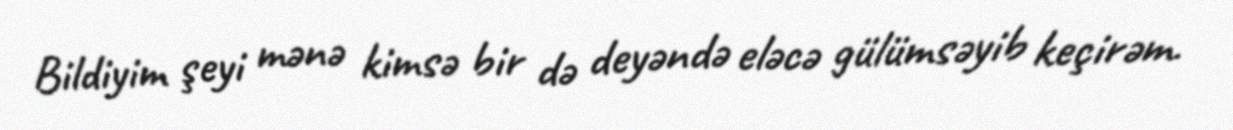
Bildiyim şeyi mənə kimsə bir də deyəndə eləcə gülümsəyib keçirəm.